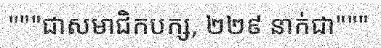
"""ជាសមាជិកបក្ស, ២២៩ នាក់ជា"""